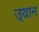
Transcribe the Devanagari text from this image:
उ्यान